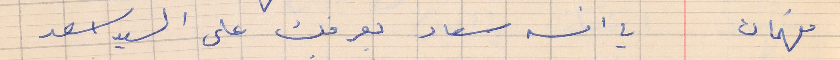
فهمان        يا انسه سعاد بعرفك على السيد اسعد